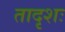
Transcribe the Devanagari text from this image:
तादृशः